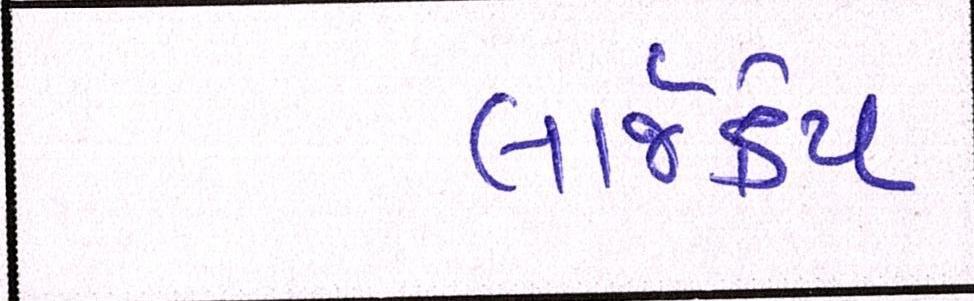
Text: લાર્જકેપ